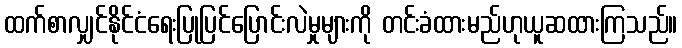
ထက်စာလျှင်နိုင်ငံရေးပြုပြင်ပြောင်းလဲမှုများကို တင်းခံထားမည်ဟုယူဆထားကြသည်။